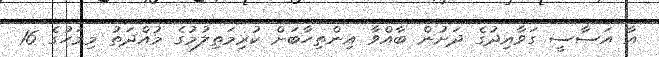
އާ އަސާސީ ގަވާއިދުގެ ދަށުން ބާއްވާ އިންތިހާބަށް ކުރިމަތިލުމުގެ މުއްދަތު މިމަހުގެ 16